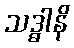
သဒ္ဓါနိ